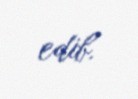
edib.